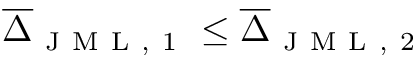
\overline { { \Delta } } _ { \mathrm { ~ J ~ M ~ L ~ , ~ 1 ~ } } \leq \overline { { \Delta } } _ { \mathrm { ~ J ~ M ~ L ~ , ~ 2 ~ } }